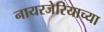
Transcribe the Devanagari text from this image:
नायरजेरियाच्या